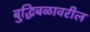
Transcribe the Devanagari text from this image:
बुद्धिबळावरील